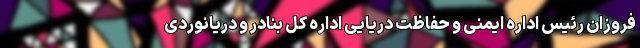
فروزان رئیس اداره ایمنی و حفاظت دریایی اداره کل بنادر و دریانوردی